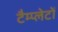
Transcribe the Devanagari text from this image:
टैम्प्लेटों